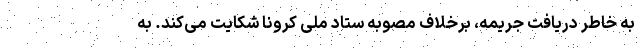
به خاطر دریافت جریمه، برخلاف مصوبه ستاد ملی کرونا شکایت می‌کند. به